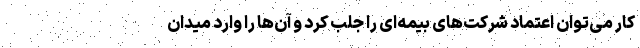
کار می‌توان اعتماد شرکت‌های بیمه‌ای را جلب کرد و آن‌ها را وارد میدان